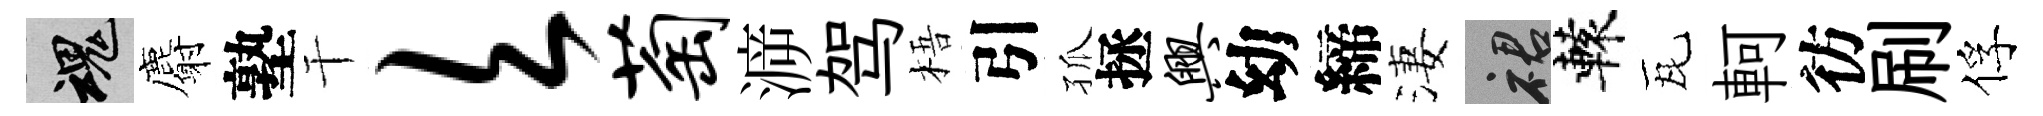
魂麝塾干欠萄㴑驾梧引孤拯兴幼締淒裙轅瓦軻彷刷俘